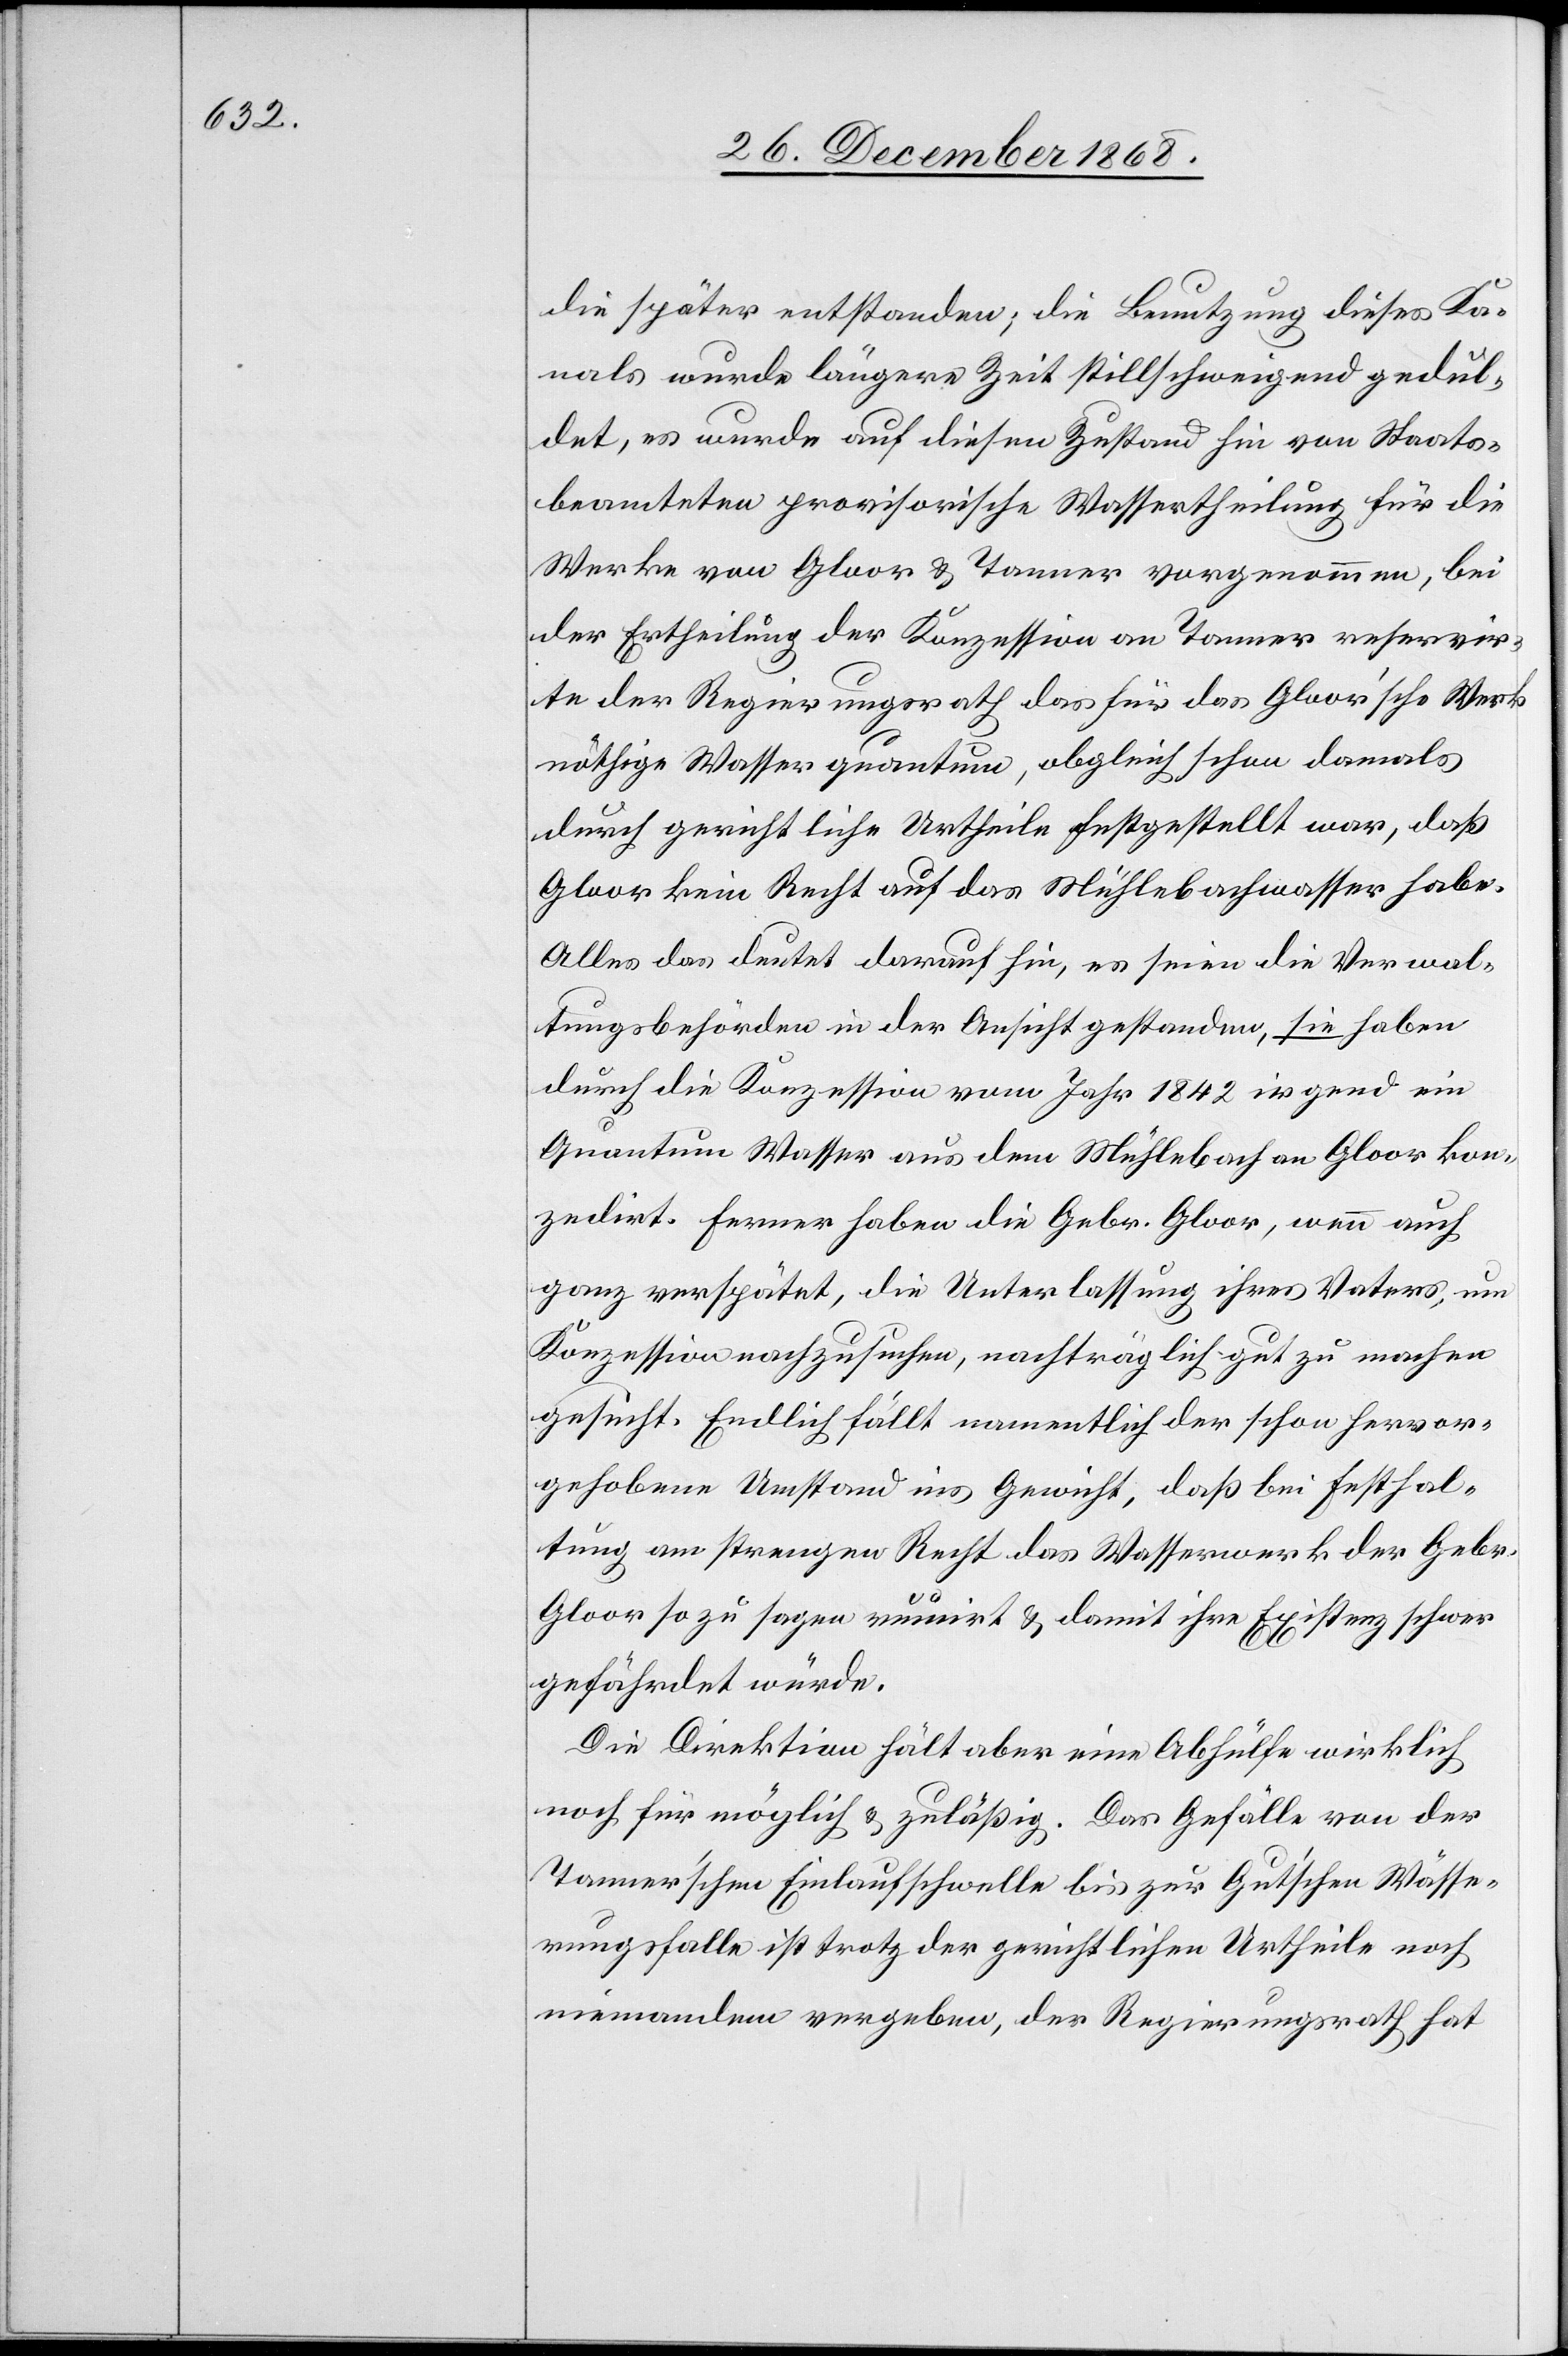
die später entstanden; die Benutzung dieses Ka¬
nals wurde längere Zeit stillschweigend gedul¬
det, es wurde auf diesen Zustand hin von Staats¬
beamteten provisorische Wassertheilung für die
Werke von Gloor & Tanner vorgenommen, bei
der Ertheilung der Konzession an Tanner reservir¬
te der Regierungsrath das für das Gloor’sche Werk
nöthige Wasserquantum, obgleich schon damals
durch gerichtliche Urtheile festgestellt war, daß
Gloor kein Recht auf das Mühlebachwasser habe.
Alles das deutet darauf hin, es seien die Verwal¬
tungsbehörden in der Ansicht gestanden, sie haben
durch die Konzession vom Jahr 1842 irgend ein
Quantum Qasser aus dem Mühlebach an Gloor kon¬
zedirt. Ferner haben die Gebr. Gloor, wenn auch
ganz verspätet, die Unterlassung ihres Vaters, um
Konzession nachzusuchen, nachträglich gut zu machen
gesucht. Endlich fällt namentlich der schon hervor¬
gehobene Umstand ins Gewicht, daß bei Festhal¬
tung am strengen Recht das Wasserwerk der Gebr.
Gloor so zu sagen ruinirt & damit ihre Existenz schwer
gefährdet würde.
Die Direktion hält aber eine Abhülfe wirklich
noch für möglich & zuläßig. Das Gefälle von der
Tanner’schen Einlaufschwelle bis zur Gut’schen Wässe¬
rungsfalle ist trotz der gerichtlichen Urtheile noch
niemandem vergeben, der Regierungsrath hat